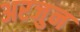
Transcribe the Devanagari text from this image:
अरजुन